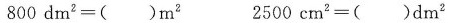
800 dm^{2} =( )m^{2} 2500 cm^{2} =( )dm ^{2}